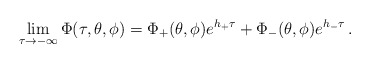
\begin{align*}\lim_{\tau \to -\infty}\Phi(\tau,\theta,\phi) = \Phi_+(\theta,\phi)e^{h_+\tau} + \Phi_-(\theta,\phi)e^{h_-\tau}\,. \end{align*}